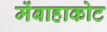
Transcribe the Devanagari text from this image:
मेंबाहाकोट